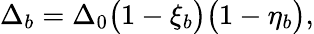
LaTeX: \Delta_{b}=\Delta_{0}\big(1-\xi_{b}\big)\big(1-\eta_{b}\big),